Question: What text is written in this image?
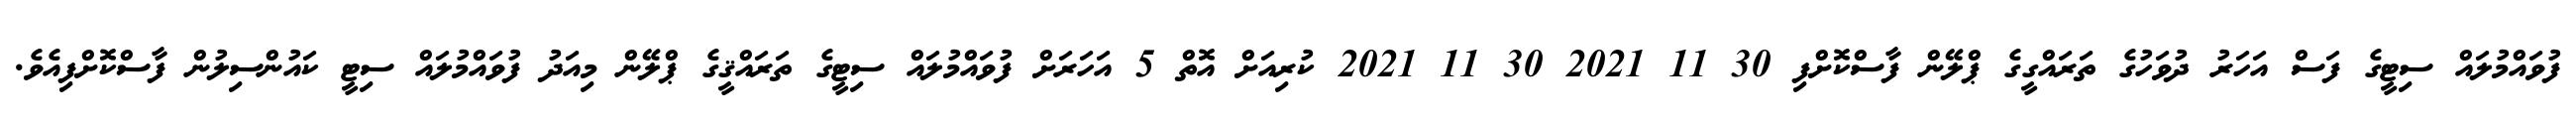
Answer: ފުވައްމުލައް ސިޓީގެ ފަސް އަހަރު ދުވަހުގެ ތަރައްގީގެ ޕްލޭން ފާސްކޮށްފި 30 11 2021 30 11 2021 ކުރިއަށް އޮތް 5 އަހަރަށް ފުވައްމުލައް ސިޓީގެ ތަރައްޤީގެ ޕްލޭން މިއަދު ފުވައްމުލައް ސިޓީ ކައުންސިލުން ފާސްކޮށްފިއެވެ.